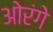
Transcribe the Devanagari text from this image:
ओरंगे